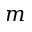
m